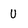
Character: u